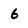
Character: 6